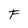
Character: F